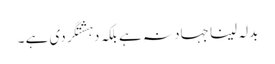
بدلہ لینا جہاد نہ ہے بلکہ دہشتگردی ہے ۔